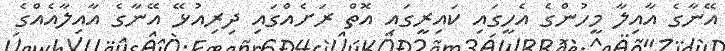
އޭނާގެ އާއިލާ މީހުންގެ އެހީގައި ކައިރީގައި އޮތް ރަށެއްގައި ދިރިއުޅޭ އޭނާގެ އާއިލާއެއްގެ